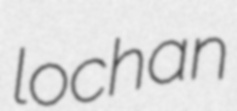
lochan